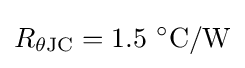
R_{\theta {\rm {JC}}}=1.5\ ^{\circ }{\text{C}}/{\text{W}}